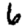
Digit: 6